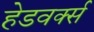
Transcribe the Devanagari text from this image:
हेडवर्क्स